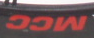
MCC